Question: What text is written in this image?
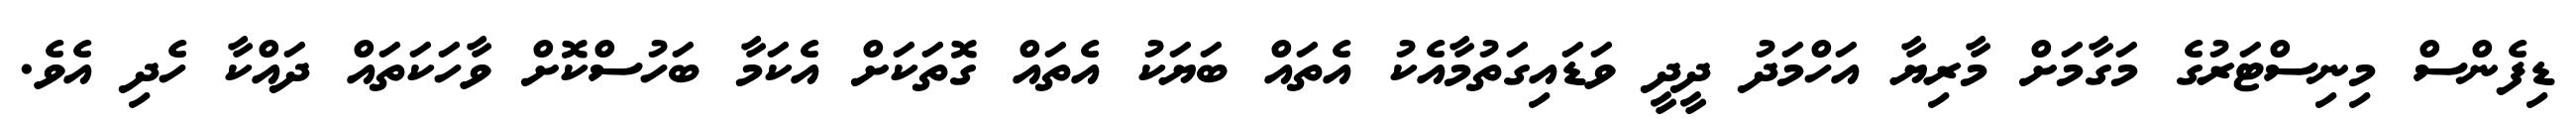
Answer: ޑިފެންސް މިނިސްޓަރުގެ މަގާމަށް މާރިޔާ އަހްމަދު ދީދީ ވަޑައިގަތުމާއެކު އެތައް ބަޔަކު އެތައް ގޮތަކަށް އެކަމާ ބަހުސްކޮށް ވާހަކަތައް ދައްކާ ހެދި އެވެ.